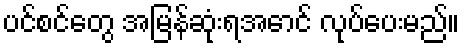
ပင်စင်တွေ အမြန်ဆုံးရအောင် လုပ်ပေးမည်။